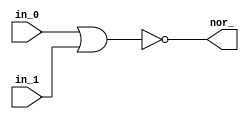
module bitwise_nor (
  input in_0,
  input in_1,
  output nor_
);

  assign nor_ = ~(in_0 | in_1);
  
endmodule